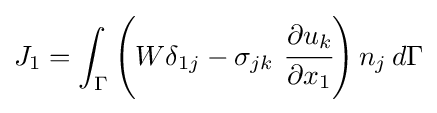
J_{1}=\int _{\Gamma }\left(W\delta _{1j}-\sigma _{jk}~{\cfrac {\partial u_{k}}{\partial x_{1}}}\right)n_{j}\,d\Gamma